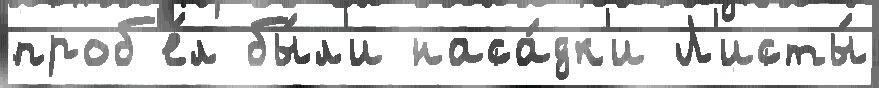
проб'е́л бы́л'и наса́дк'и Л'исты́